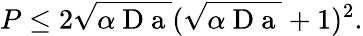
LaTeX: P\leq 2\sqrt{\alpha\mathrm{~D~a~}}(\sqrt{\alpha\mathrm{~D~a~}}+1)^{2}.